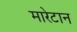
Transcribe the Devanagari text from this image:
मारेटान